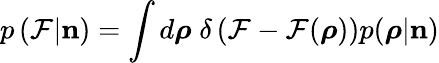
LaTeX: p\left(\mathcal{F}|{\mathbf n}\right)=\int d\boldsymbol{\rho}\; \delta\left(\mathcal{F}-\mathcal{F}(\boldsymbol{\rho})\right)p(\boldsymbol{\rho}|{\mathbf n})